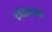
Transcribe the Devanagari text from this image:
टेंपोवाला